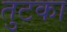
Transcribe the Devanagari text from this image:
तुटका